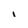
Character: i